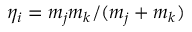
\eta _ { i } = m _ { j } m _ { k } / ( m _ { j } + m _ { k } )